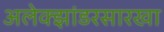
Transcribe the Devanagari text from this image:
अलेक्झांडरसारखा